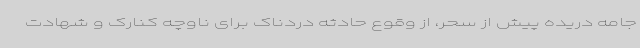
جامه دریده پیش از سحر، از وقوع حادثه دردناک برای ناوچه کنارک و شهادت